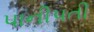
પાનીપતી